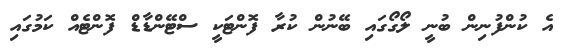
އެ ކުންފުނިން ބުނީ ލޯގޯގައި ބޭނުން ކުރާ ފޮންޓަކީ ސްޓޭންޑާޑް ފޮންޓެއް ކަމުގައި